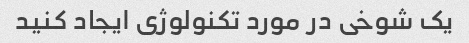
یک شوخی در مورد تکنولوژی ایجاد کنید